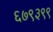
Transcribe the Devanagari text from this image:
६७९३९९